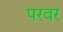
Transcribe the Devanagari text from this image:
परवर